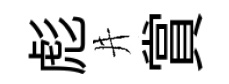
彪井賞